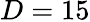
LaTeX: D=15